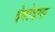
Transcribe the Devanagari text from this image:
देवोदास